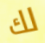
لك